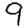
Digit: 9